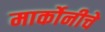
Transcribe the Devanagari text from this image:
मार्कोनीचे